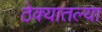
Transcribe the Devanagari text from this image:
ठेक्यातल्या